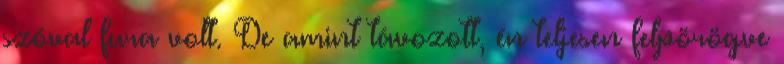
szóval fura volt. De amint távozott, én teljesen felpörögve